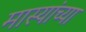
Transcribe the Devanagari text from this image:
मास्यांच्या